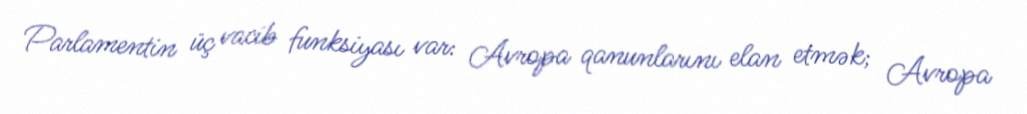
Parlamentin üç vacib funksiyası var: Avropa qanunlarını elan etmək; Avropa